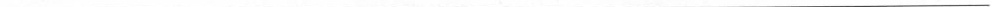
___